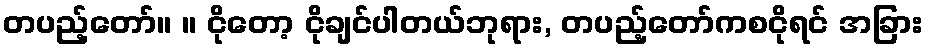
တပည့်တော်။ ။ ငိုတော့ ငိုချင်ပါတယ်ဘုရား, တပည့်တော်ကစငိုရင် အခြား